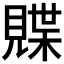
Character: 𫌣